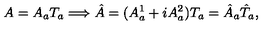
A = A _ { a } T _ { a } \Longrightarrow \hat { A } = ( A _ { a } ^ { 1 } + i A _ { a } ^ { 2 } ) T _ { a } = \hat { A } _ { a } \hat { T } _ { a } ,